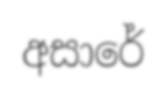
අසාරේ